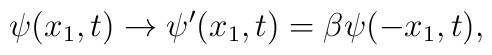
{\psi}(x_1,t) \to {\psi}^{\prime}(x_1,t) = {\beta}{\psi}(-x_1,t),